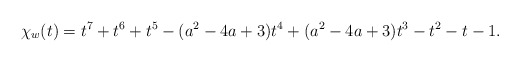
\begin{align*}\chi_{w}(t)=t^7+t^6+t^5-(a^2-4a+3)t^4+(a^2-4a+3)t^3-t^2-t-1.\end{align*}